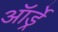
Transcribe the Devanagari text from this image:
ऑर्ड्रे